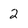
Character: 2